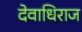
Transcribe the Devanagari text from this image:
देवाधिराज